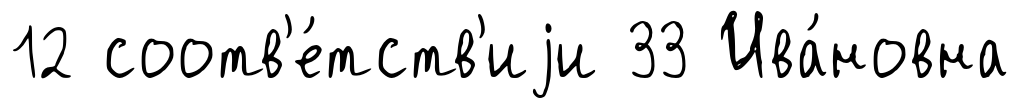
12 соотв'е́тств'иjи 33 Ива́новна